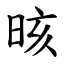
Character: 晐